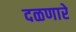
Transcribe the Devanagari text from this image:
दळणारे